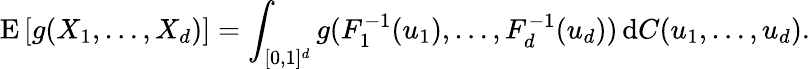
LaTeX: \operatorname{E}\left[g(X_{1},\dots,X_{d})\right]=\int_{[0,1]^{d}}g(F_{1}^{-1}(u_{1}),\dots,F_{d}^{-1}(u_{d}))\, \mathrm{d}C(u_{1},\dots,u_{d}).